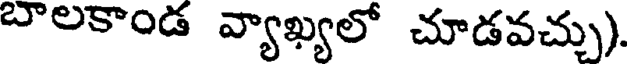
బాలకాండ వ్యాఖ్యలో చూడవచ్చు).